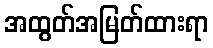
အထွတ်အမြတ်ထားရာ